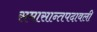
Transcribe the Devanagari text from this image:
समासान्तपदावली